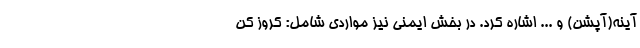
آینه(آپشن) و ... اشاره کرد. در بخش ایمنی نیز مواردی شامل: کروز کن